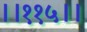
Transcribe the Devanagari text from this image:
।।११५।।